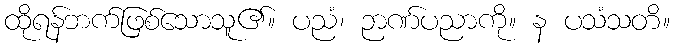
ထိုရန်ဘက်ဖြစ်သောသူ၏။ ပညံ၊ ဉာဏ်ပညာကို။ န ပသံသတိ။